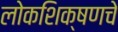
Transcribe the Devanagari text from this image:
लोकशिक्षणचे